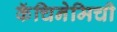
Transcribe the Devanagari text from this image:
कॅचिनेमिची